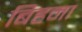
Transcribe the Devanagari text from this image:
बिहमा